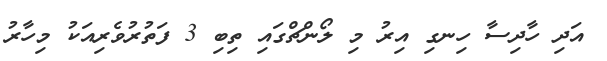
އަދި ހާދިސާ ހިނގި އިރު މި ލޯންޗްގައި ތިބި 3 ފަތުރުވެރިއަކު މިހާރު